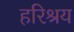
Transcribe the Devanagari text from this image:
हरिश्रय